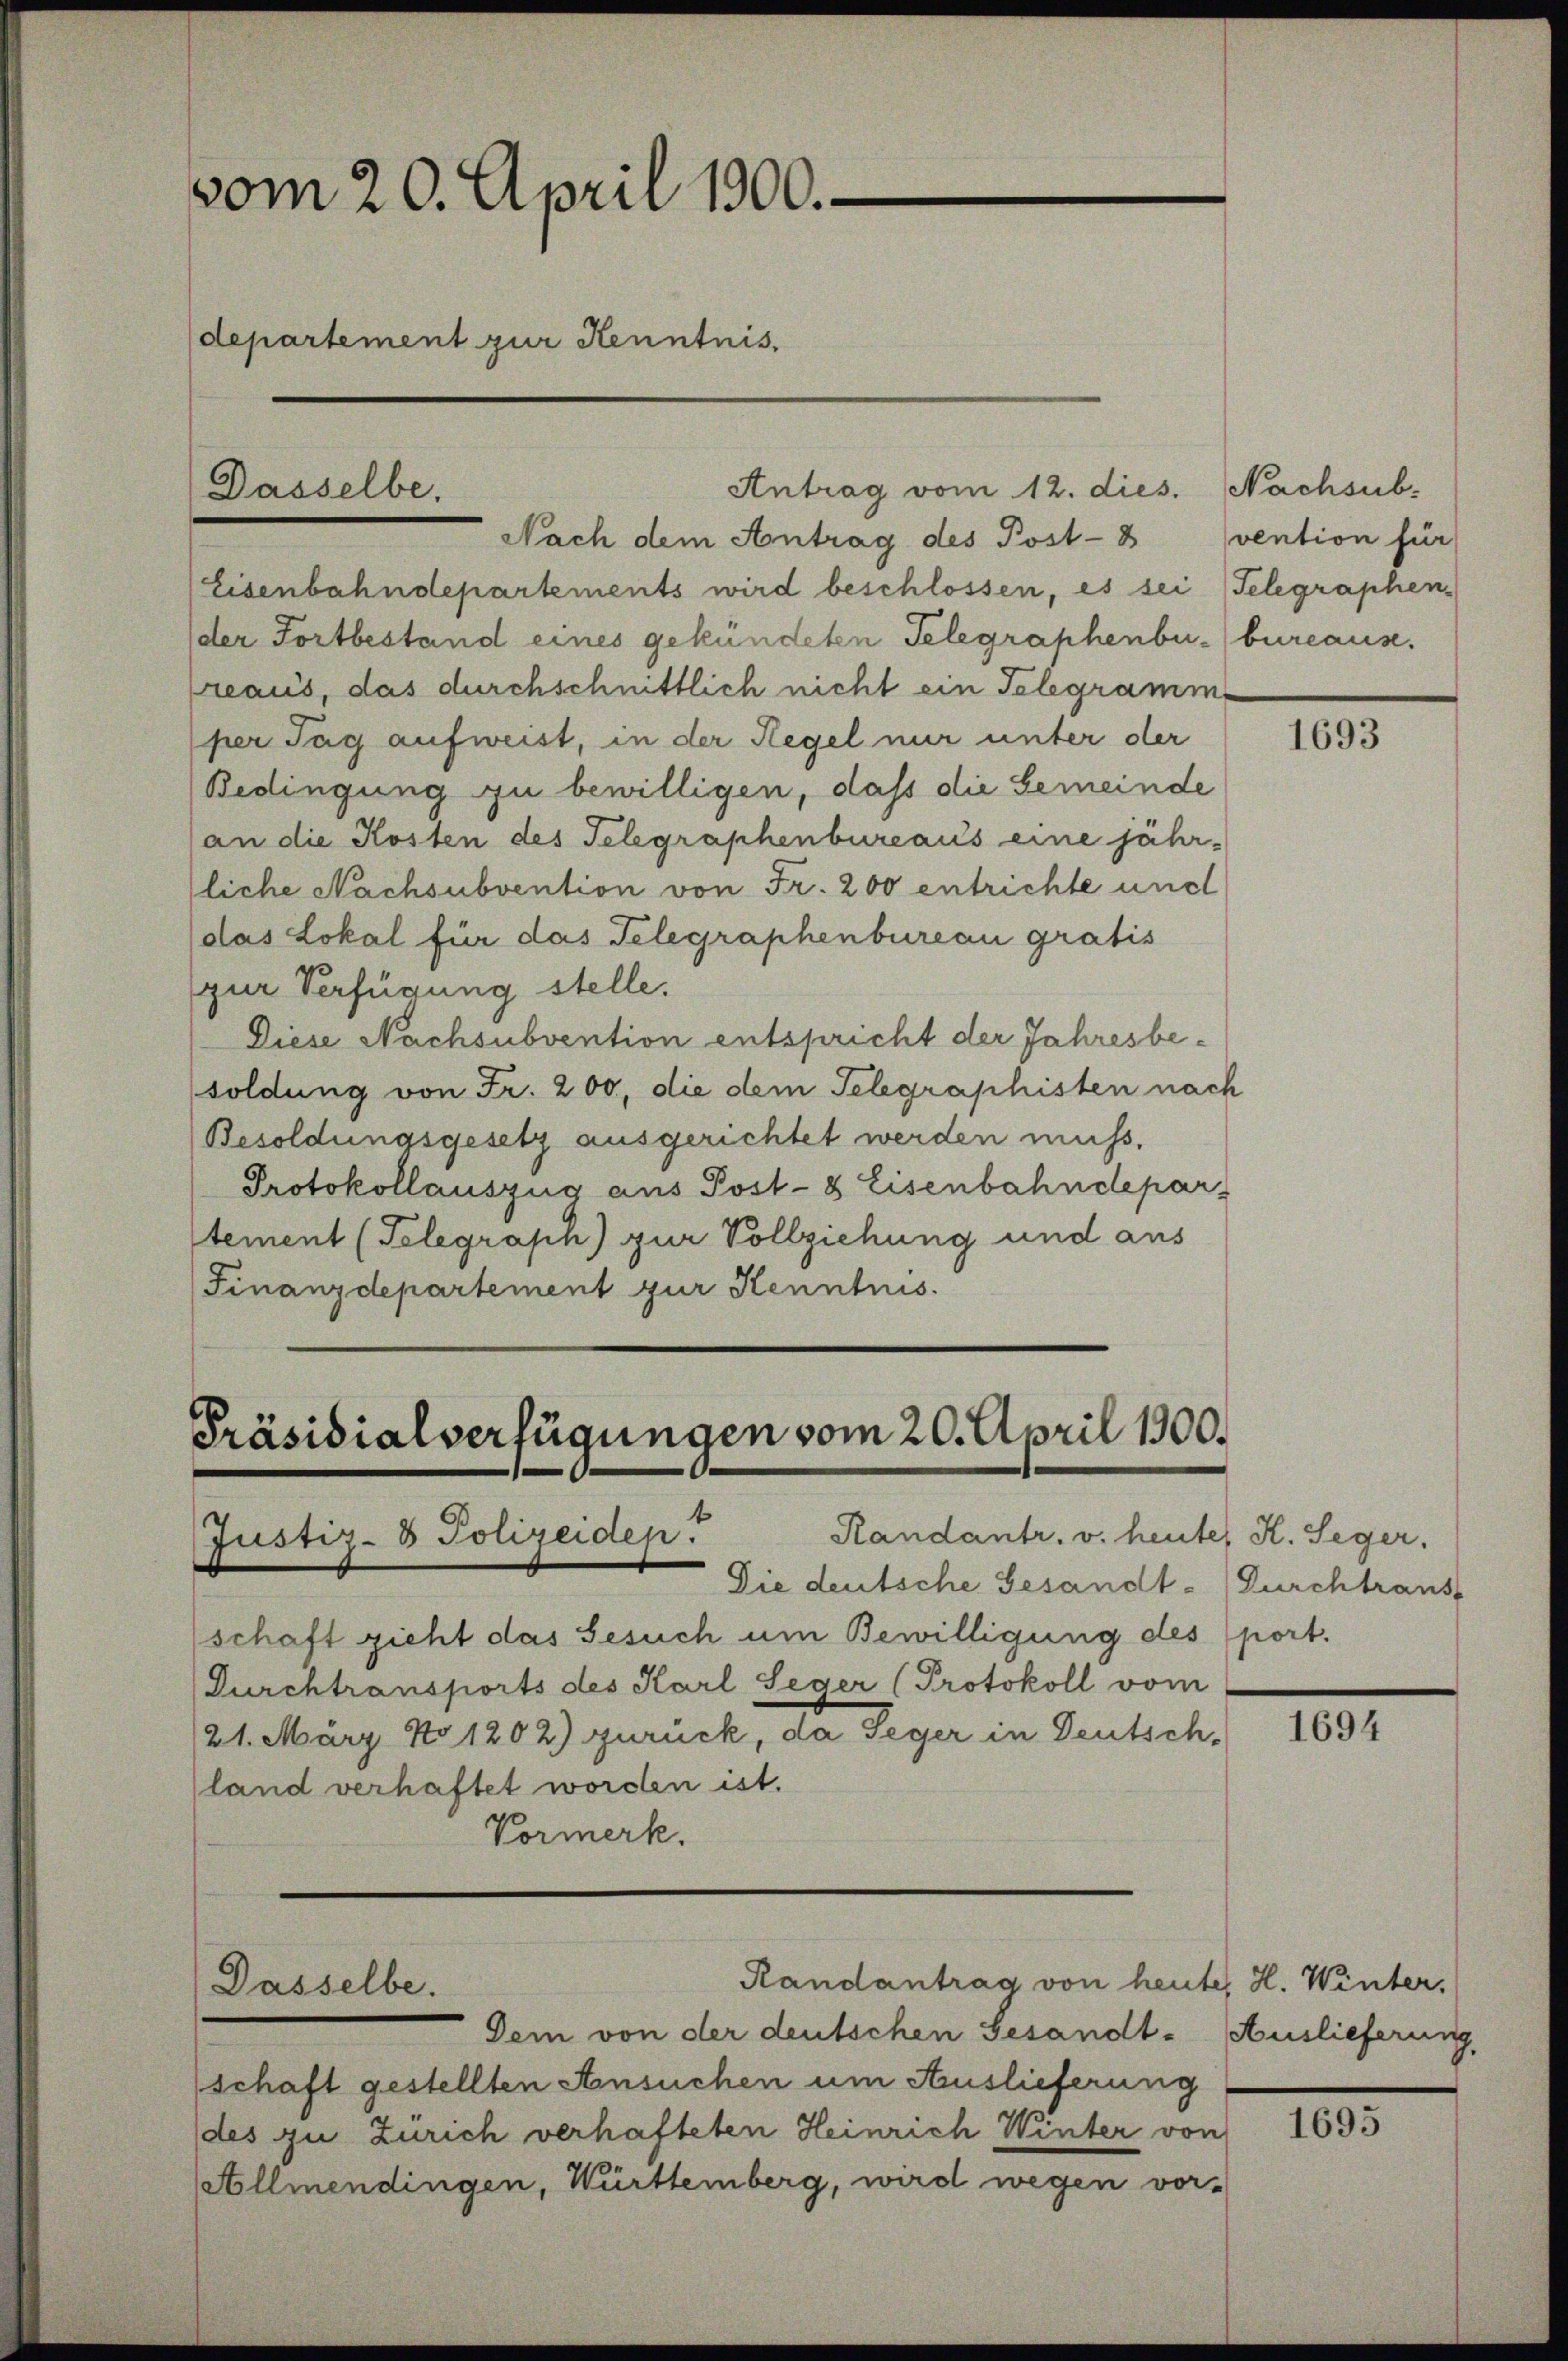
vom 20. April 1900.
departement zur Kenntnis.

Nach dem Antrag des Post-8
Eisenbahndepartements wird beschlossen, es sei (Telegraphen-
der Fortbestand eines gekündeten Telegraphenburreaus, das durchschnittlich nicht ein Telegramm
per Tag aufweist, in der Regel nur unter der
Bedingung zu bewilligen, daß die Gemeinde
an die Kosten des Telegraphenbureaus eine jähr-
liche Nachsubvention von Fr. 200 entrichte und
das Lokal für das Telegraphenbureau gratis
(zur Verfügung stelle.
Diese Nachsubvention entspricht der Jahresbesoldung von Fr. 200, die dem Telegraphisten nach
Besoldungsgesetz ausgerichtet werden muss.
Protokollauszug aus Post- 8 Eisenbahndepar
tement (Telegraph) zur Vollziehung und aus
Finanzdepartement zur Kenntnis.

Dasselbe.

Präsidialverfügungen vom 20. April 1900.
Randantr. v. heute, H. Seger,
Justiz- & Polizeidep

Dasselbe.

Antrag vom 12. dies.

Die deutsche Gesandtschaft zieht das Gesuch um Bewilligung des port.
Durchtransports des Karl Seger (Protokoll vom
21. März No 1202) zurück, da Seger in Deutsch-
land verhaftet worden ist.
Vormerk.

Randantrag von heute, H. Winter.

Dem von der deutschen Gesandt- Auslieferung,
schaft gestellten Ansuchen um Auslieferung
des zu Zürich verhafteten Heinrich Winter von
Vollmendingen, Württemberg, wird wegen vor-

Nachsubvention für
bureaus.

1693

Durchtranst

1694

1695